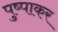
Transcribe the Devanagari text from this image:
पुष्पाकर